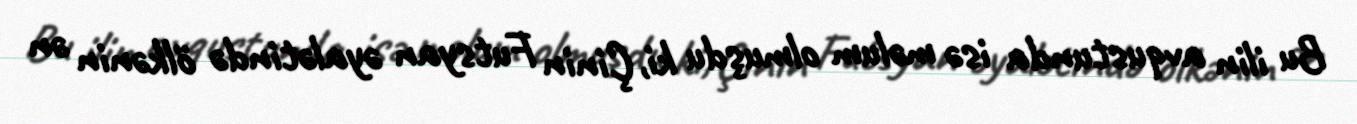
Bu ilin avqustunda isə məlum olmuşdu ki, Çinin Futsyan əyalətində ölkənin ən